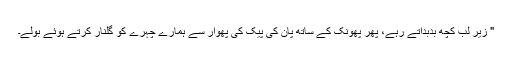
" زیر لب کچھ بدبداتے رہے، پھر پھونک کے ساتھ پان کی پیک کی پھوار سے ہمارے چہرے کو گلنار کرتے ہوئے بولے۔